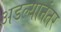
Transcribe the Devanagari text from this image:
अडल्यानंतर